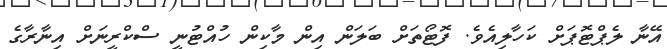
އޭނާ ލެޕްޓޮޕަށް ކަހާލިއެވެ. ފޮޓޯތަށް ބަލަން އިން މާކިން ހުއްޓުނީ ސްކްރީނަށް އިނާރާގެ